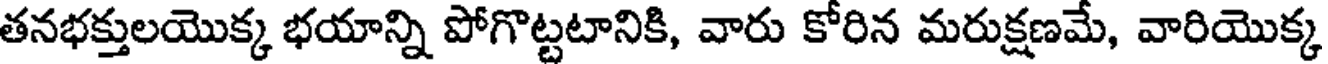
తనభక్తులయొక్క భయాన్ని పోగొట్టటానికి, వారు కోరిన మరుక్షణమే, వారియొక్క